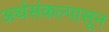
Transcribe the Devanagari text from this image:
अर्थसंकल्पासून